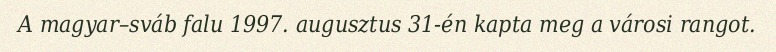
A magyar–sváb falu 1997. augusztus 31-én kapta meg a városi rangot.